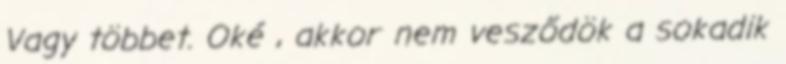
Vagy többet. Oké , akkor nem vesződök a sokadik